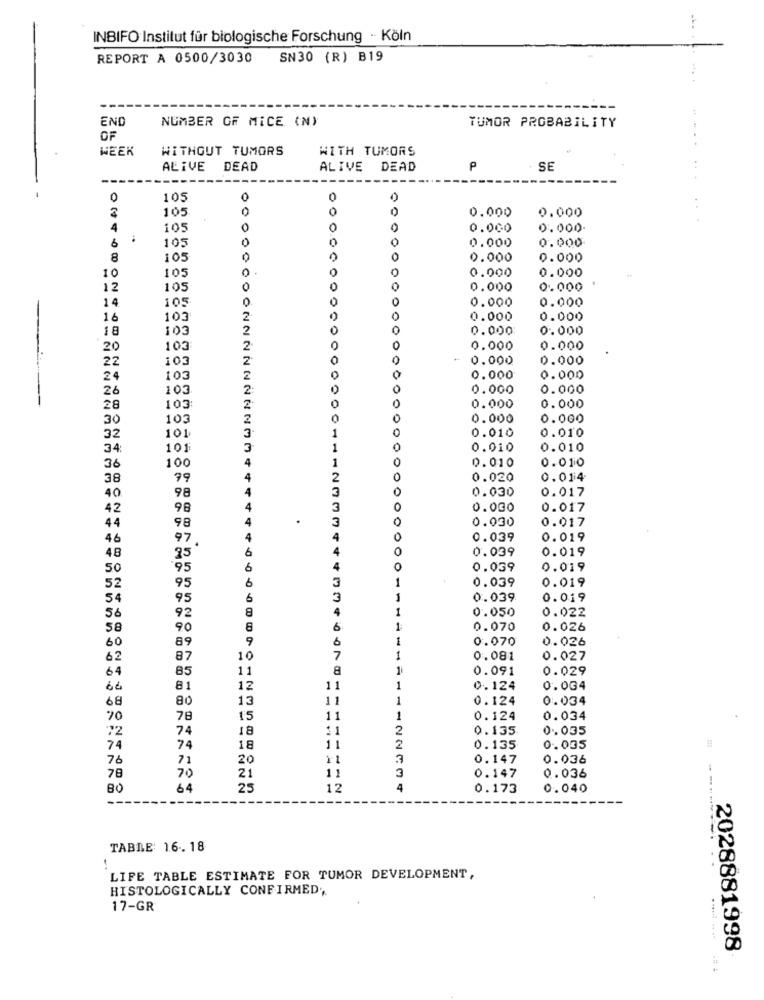
INBIFO Institut für biologische Forschung - Köln
REPORT A 0500/3030 SN30 (R) B19
END
NUMBER OF MICE (N)
TUMOR PROBABILITY
OF
WEEK
WITHGUT TUMORS
WITH TUMORS
ALIVE
DEAD
ALIVE DEAD
P
SE
0
105
0
105
0
0
0.000
0.000
4
105
0
0.000
0.000
6
105
0
0.000
0.000
8
105
0.000
0.000
105
0.000
0.000
10
12
105
0.000
0.000
14
105
0
0.000
0.000
16
103
2
0.000
0.000
18
103
2
0
0.000
0.000
20
103
0
0.000
0.000
22
103
0.000
0.000
24
103
0.000
0.000
26
103
0
0.000
0.000
O
28
103:
0.000
0.000
30
103
0
0.000
0.000
101
1
0
0.010
32
0.010
34
101
3
0
0.010
0.010
1
0
0.010
0.010
36
100
38
79
4
2
0.020
0.014
4
3
O
0.030
40
98
0.017
42
98
4
0.000
0.017
44
4
.
0
0.030
0.017
98
46
97.
4
0
0.039
0.019
48
6
0
0.039
0.019
85
50
95
0.039
0.019
6
0.039
0.019
52
95
54
95
6
3
0.039
0.019
8
4
0.050
0.022
56
92
58
90
8
6
1
0.070
0.026
60
89
9
b
0.070
0.026
1
62
87
10
0.081
0.027
64
85
11
1
0.091
0.029
66
81
12
11
1
0.124
0.004
68
80
13
11
1
0.124
0.034
70
78
15
11
1
0.124
0.034
72
74
18
11
2
0.135
0.035
74
74
18
11
2
0.135
0.035
76
71
20
-
3
0.147
0.036
78
70
21
11
3
0.147
0.036
80
64
25
12
4
0.173
0.040
TABLE 16.18
1
LIFE TABLE ESTIMATE FOR TUMOR DEVELOPMENT,
HISTOLOGICALLY CONFIRMED,
17-GR
2028881998